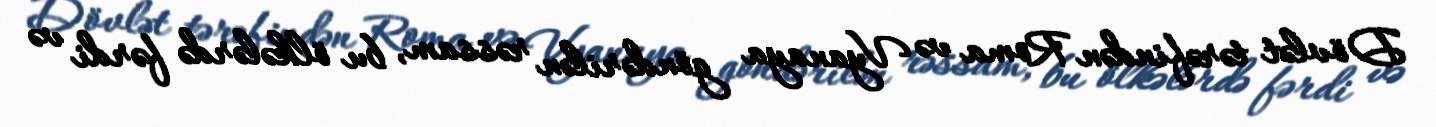
Dövlət tərəfindən Roma və Vyanaya göndərilən rəssam, bu ölkələrdə fərdi və